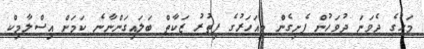
މަހުގެ ދެވަނަ ދުވަހުން ފެށިގެން މިއަހަރުގެ ފިތުރު ޒަކާތް ބަލައިގަންނާނެ ކަމަށް އިސްލާމިކް